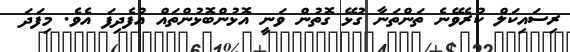
ރިސައިކަލް ކުރެވޭނެ ތަންތަނާ ގުޅޭ ގޮތުން ވަނީ އޮޅުންބޮޅުންތައް އުފެދިފަ އެވެ. މިފަދަ